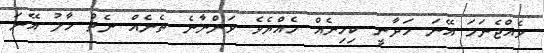
ވެއްޖެނަމަ އޭނަ ހަދާނީ ކިހިނެއް ހެއްޔެވެ ވަންނާނެ ތެނެއް ނެތް ހާލު އޭނަ